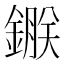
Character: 𨫇